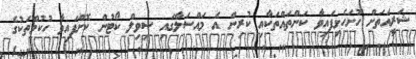
ޝަރީއަތަށް ހުށަހެޅިފައިވާ ކަންތައްތަކާއި ކުރިން އެ މައްސަލާގައި ސިވިލް ކޯޓުން ކޮށްފައިވާ ހުކުމްތަކުގެ